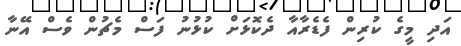
އަދި މީގެ ކުރިން ފެޑެރާއާ ދެކޮޅަށް ކުޅުނު ފަސް މެޗުން ވެސް އޭނާ